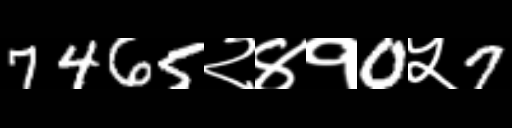
Text: 7465२४१0५7